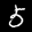
Label: 5